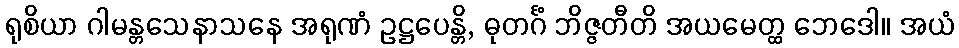
ရုစိယာ ဂါမန္တသေနာသနေ အရုဏံ ဥဋ္ဌပေန္တိ, ဓုတင်္ဂံ ဘိဇ္ဇတီတိ အယမေတ္ထ ဘေဒေါ။ အယံ